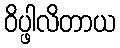
ဝိပ္ဖါလိတာယ